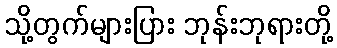
သို့တွက်များပြား ဘုန်းဘုရားတို့